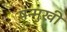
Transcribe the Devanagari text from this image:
षन्मुखी